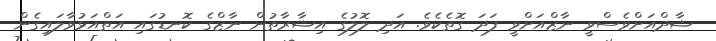
ޝާދްއަށްވެސްވީ ނާޒްއަށްވީ ފަދަ ގޮތެކެވެ. އަދި ލޮލުގެ އިޝާރާތުން ނާޒްގެ ކޮނޑުގައި އަތްއަޅުވާލައިގެން